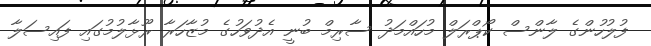
ފުލުހުންގެ ލާންސް ކޯޕްރަލް މުހައްމަދު ސާރިމް ބުނީ އެދުވަހުގެ މުޒާހަރާ ރޫޅާލުމުގައި ފައިސަލާ